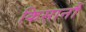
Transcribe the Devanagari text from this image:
किसानौं